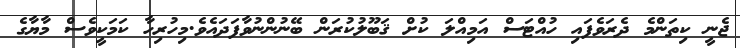
ޖެނީ ކިތަންމެ ދެރަވެފައި ހުއްޓަސް އަމިއްލަ ކުށް ޤަބޫލުކުރަން ބޭނުންނުވާފަދައެވެ.މިހުރިހާ ކަމަކީވެސް މާޔާގެ